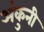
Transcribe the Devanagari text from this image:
अंकुनी